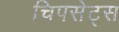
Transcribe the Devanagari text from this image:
चिपसेट्स